Civil Veterinary Department. Central Provinces & Berar 1925-31 - 1925-1931
Year: 1925
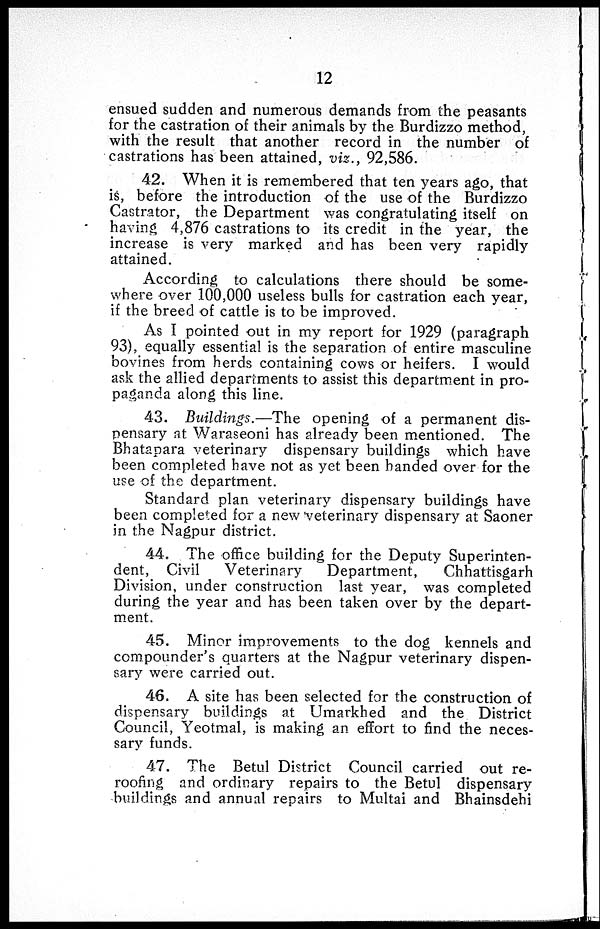
12
ensued sudden and numerous demands from the peasants
for the castration of their animals by the Burdizzo method,
with the result that another record in the number of
castrations has been attained, viz., 92,586.
42. When it is remembered that ten years ago, that
is, before the introduction of the use of the Burdizzo
Castrator, the Department was congratulating itself on
having 4,876 castrations to its credit in the year, the
increase is very marked and has been very rapidly
attained.
According to calculations there should be some-
where over 100,000 useless bulls for castration each year,
if the breed of cattle is to be improved.
As I pointed out in my report for 1929 (paragraph
93), equally essential is the separation of entire masculine
bovines from herds containing cows or heifers. I would
ask the allied departments to assist this department in pro-
paganda along this line.
43. Buildings.—The opening of a permanent dis-
pensary at Waraseoni has already been mentioned. The
Bhatapara veterinary dispensary buildings which have
been completed have not as yet been handed over for the
use of the department.
Standard plan veterinary dispensary buildings have
been completed for a new veterinary dispensary at Saoner
in the Nagpur district.
44. The office building for the Deputy Superinten-
dent, Civil
Veterinary
Department,
Chhattisgarh
Division, under construction last year, was completed
during the year and has been taken over by the depart-
ment.
45. Minor improvements to the dog kennels and
compounder's quarters at the Nagpur veterinary dispen-
sary were carried out.
46. A site has been selected for the construction of
dispensary buildings at Umarkhed and the District
Council, Yeotmal, is making an effort to find the neces-
sary funds.
47. The Betul District Council carried out re-
roofing and ordinary repairs to the Betul dispensary
buildings and annual repairs to Multai and Bhainsdehi